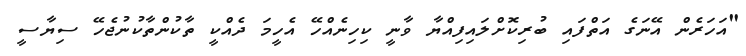
"އަހަރެން އޭނަގެ އަތްފައި ބުރިކޮށްލައިފިއްޔާ ވާނީ ކިހިނެއްހޭ އެހީމަ ދެއްކީ ތާކުންތާާކުނުޖެހޭ ސިޔާސީ